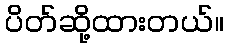
ပိတ်ဆို့ထားတယ်။